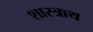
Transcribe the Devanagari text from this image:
शास्त्राथ